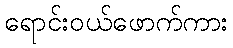
ရောင်းဝယ်ဖောက်ကား